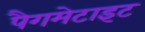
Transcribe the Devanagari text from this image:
पैगमेटाइट